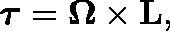
{ \boldsymbol { \tau } } = \mathbf { \Omega } \times \mathbf { L } ,